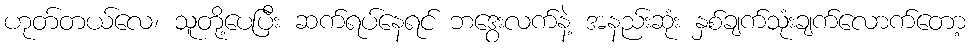
ဟုတ်တယ်လေ၊ သူတို့ပေပြီး ဆက်ရပ်နေရင် ဘဒွေးလက်နဲ့ အနည်းဆုံး နှစ်ချက်သုံးချက်လောက်တော့